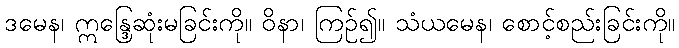
ဒမေန၊ ဣန္ဒြေဆုံးမခြင်းကို။ ဝိနာ၊ ကြဉ်၍။ သံယမေန၊ စောင့်စည်းခြင်းကို။